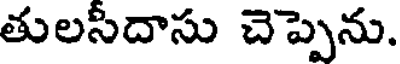
తులసీదాసు చెప్పెను.